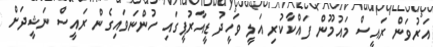
އަރުވަން ރައީސް މައުމޫން ފައްކާކުރި އަލީ ވަހީދު ޑީއާރުޕީގައި ހުންނަވައިގެން ރައީސް ނަޝީދަށް